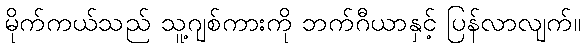
မိုက်ကယ်သည် သူ့ဂျစ်ကားကို ဘက်ဂီယာနှင့် ပြန်လာလျက်။